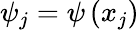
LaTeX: \psi_{j}=\psi\left(x_{j}\right)